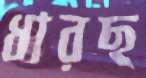
ধারছ